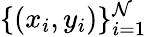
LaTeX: \{ (x_{i},y_{i})\} _{i=1}^{\mathcal{N}}